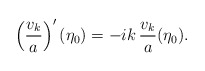
\begin{align*}\left(\frac{v_k}{a}\right)'(\eta_0)=-i k \,\frac{v_k}{a}(\eta_0).\end{align*}